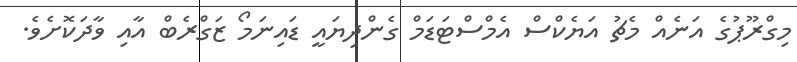
މިގްރޫޕުގެ އަނެއް މެޗު އަޔެކްސް އެމްސްޓަޑަމް ގެންދިޔައީ ޑައިނަމޯ ޒަގްރެބް އާއި ވާދަކޮށެވެ.